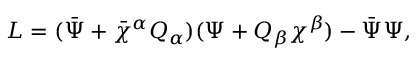
L = ( { \bar { \Psi } } + { \bar { \chi } } { } ^ { \alpha } { \cal Q } _ { \alpha } ) ( \Psi + { \cal Q } _ { \beta } \chi ^ { \beta } ) - { \bar { \Psi } } \Psi ,